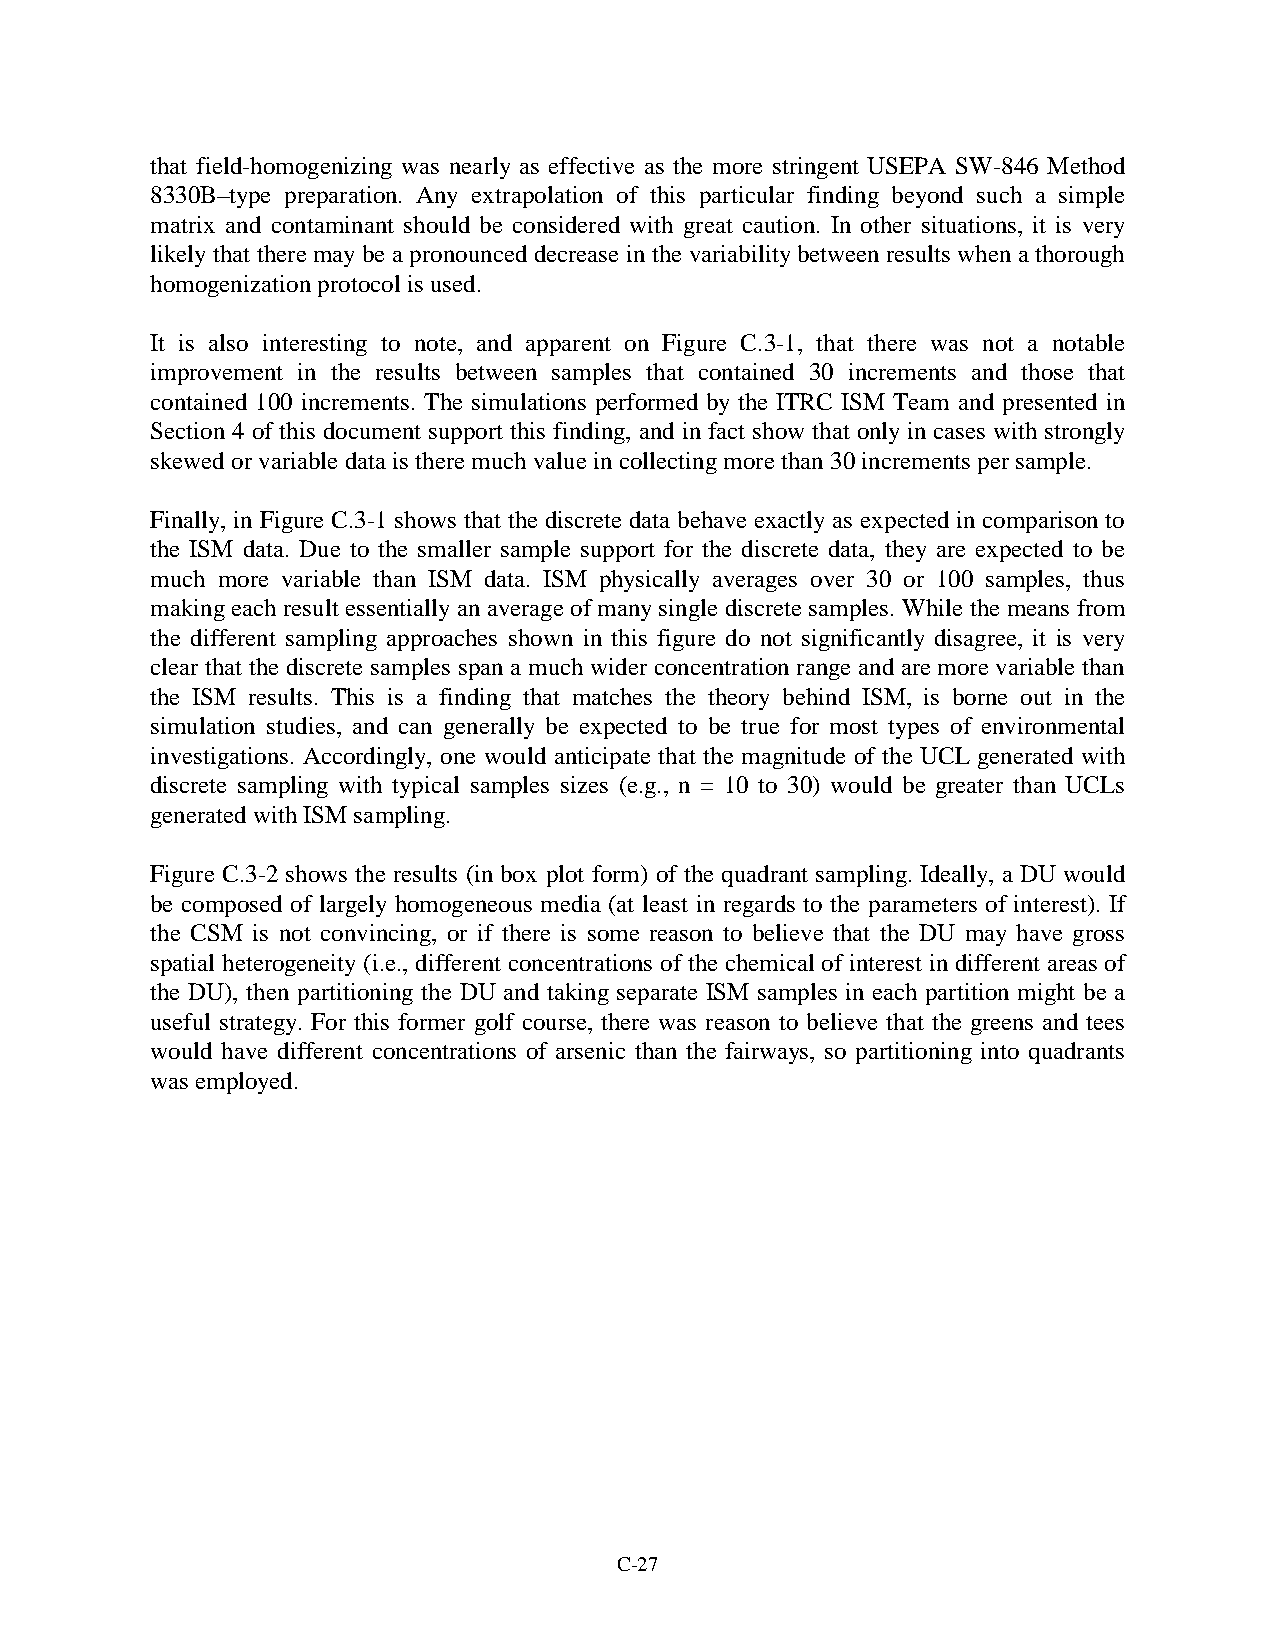
that field-homogenizing was nearly as effective as the more stringent USEPA SW-846 Method
 8330B–type preparation. Any extrapolation of this particular finding beyond such a simple
 matrix and contaminant should be considered with great caution. In other situations, it is very
 likely that there may be a pronounced decrease in the variability between results when a thorough
 homogenization protocol is used.
 It is also interesting to note, and apparent on Figure C.3-1, that there was not a notable
 improvement in the results between samples that contained 30 increments and those that
 contained 100 increments. The simulations performed by the ITRC ISM Team and presented in
 Section 4 of this document support this finding, and in fact show that only in cases with strongly
 skewed or variable data is there much value in collecting more than 30 increments per sample.
 Finally, in Figure C.3-1 shows that the discrete data behave exactly as expected in comparison to
 the ISM data. Due to the smaller sample support for the discrete data, they are expected to be
 much more variable than ISM data. ISM physically averages over 30 or 100 samples, thus
 making each result essentially an average of many single discrete samples. While the means from
 the different sampling approaches shown in this figure do not significantly disagree, it is very
 clear that the discrete samples span a much wider concentration range and are more variable than
 the ISM results. This is a finding that matches the theory behind ISM, is borne out in the
 simulation studies, and can generally be expected to be true for most types of environmental
 investigations. Accordingly, one would anticipate that the magnitude of the UCL generated with
 discrete sampling with typical samples sizes (e.g., n = 10 to 30) would be greater than UCLs
 generated with ISM sampling.
 Figure C.3-2 shows the results (in box plot form) of the quadrant sampling. Ideally, a DU would
 be composed of largely homogeneous media (at least in regards to the parameters of interest). If
 the CSM is not convincing, or if there is some reason to believe that the DU may have gross
 spatial heterogeneity (i.e., different concentrations of the chemical of interest in different areas of
 the DU), then partitioning the DU and taking separate ISM samples in each partition might be a
 useful strategy. For this former golf course, there was reason to believe that the greens and tees
 would have different concentrations of arsenic than the fairways, so partitioning into quadrants
 was employed.
 C-27